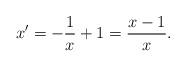
LaTeX: \begin{align*}x'=-\frac{1}{x}+1=\frac{x-1}{x}.\end{align*}